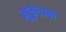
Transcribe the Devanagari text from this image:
मुकुंदाचा